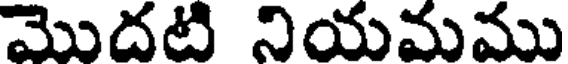
మొదటి నియమము